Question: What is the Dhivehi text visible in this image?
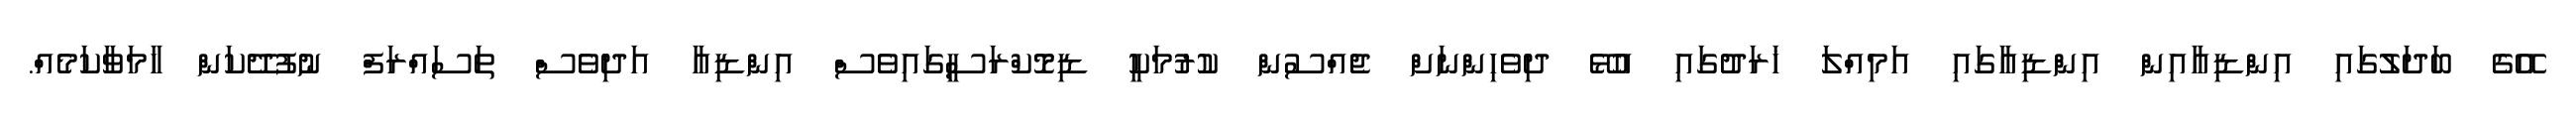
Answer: އޭގެ ބަދަލުގައި އިންޑިއާއިން އިންޑިއާގައި އަމިއްލަ ޚަރަދުގައި އުޅޭ ދިވެހިންނަށް ޖެއްސުން ކުރުމަކީ ޑިމޮކްރަސީގައިވެސް އިންޑިއާ އަދިވެސް ތަސައްރަފް ނުފުދޭކަން ހާމަވާކަމެއް.